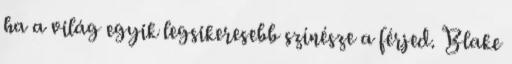
ha a világ egyik legsikeresebb színésze a férjed. Blake